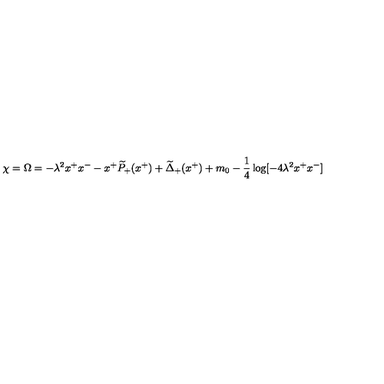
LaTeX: \chi = \Omega = - \lambda ^ { 2 } x ^ { + } x ^ { - } - x ^ { + } \widetilde { P } _ { + } ( x ^ { + } ) + \widetilde { \Delta } _ { + } ( x ^ { + } ) + m _ { 0 } - { \frac { 1 } { 4 } } \log [ - 4 \lambda ^ { 2 } x ^ { + } x ^ { - } ]